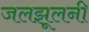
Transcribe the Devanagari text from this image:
जलझूलनी